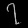
Digit: ၇